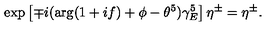
\exp \left[ \mp i ( \arg ( 1 + i f ) + \phi - \theta ^ { 5 } ) \gamma _ { E } ^ { 5 } \right] \eta ^ { \pm } = \eta ^ { \pm } .